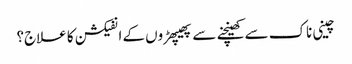
چینی ناک سے کھینچنے سے پھیپھڑوں کے انفیکشن کا علاج؟